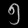
Digit: ၅